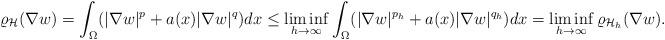
LaTeX: \begin{align*}\varrho_\mathcal H(\nabla w)=\int_\Omega(|\nabla w|^p+a(x)|\nabla w|^q)dx \le\liminf_{h\to\infty}\int_\Omega(|\nabla w|^{p_h}+a(x)|\nabla w|^{q_h})dx=\liminf_{h\to\infty}\varrho_{\mathcal H_h}(\nabla w).\end{align*}